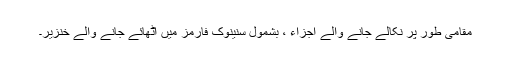
مقامی طور پر نکالے جانے والے اجزاء ، بشمول سنینوک فارمز میں اٹھائے جانے والے خنزیر۔